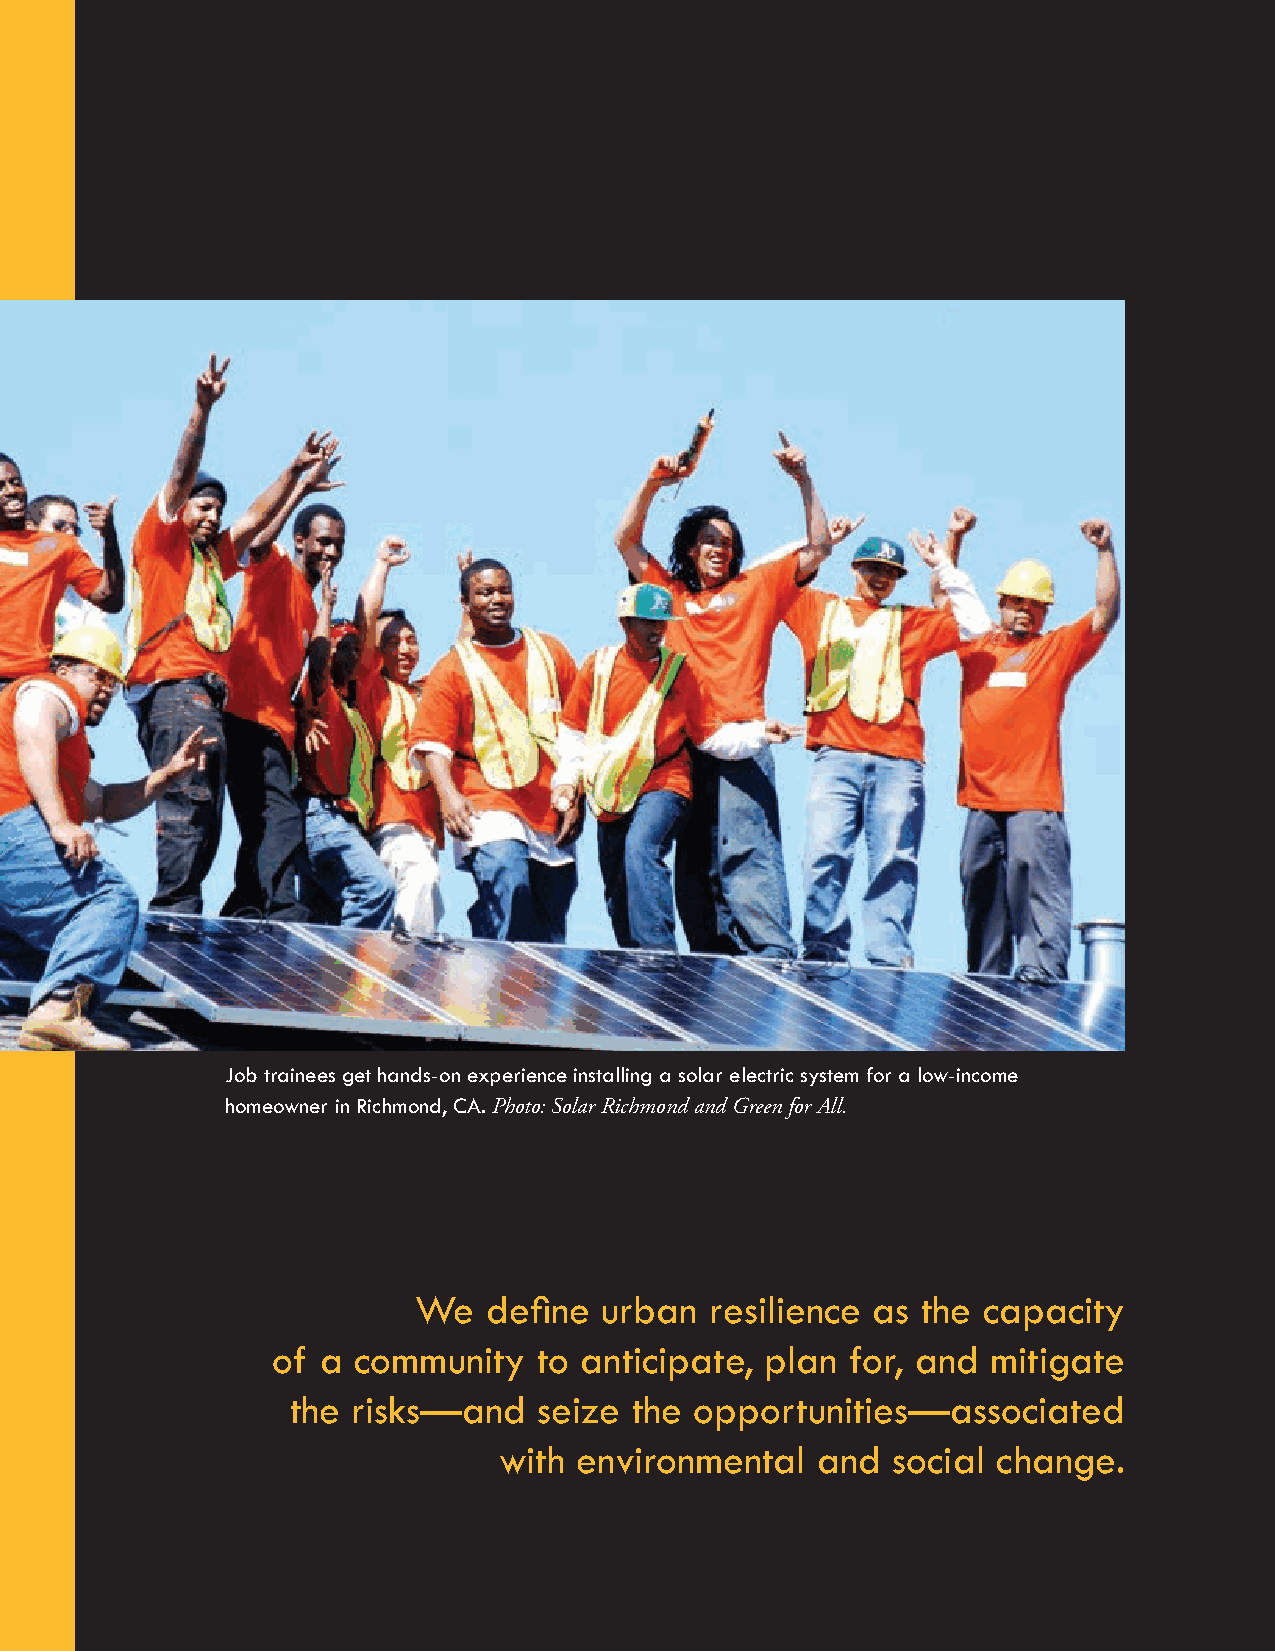
Job trainees get hands-on experience installing a solar electric system for a low-income
 homeowner in Richmond, CA. Photo: Solar Richmond and Green for All.
 We   define  urban  resilience as the capacity
 of a community    to anticipate, plan for, and  mitigate
 the risks—and    seize the opportunities—associated
 with environmental   and  social change.